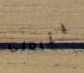
يتبعني